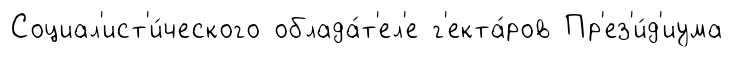
Социал'ист'и́ческого облада́т'ел'е г'екта́ров Пр'ез'и́д'иума